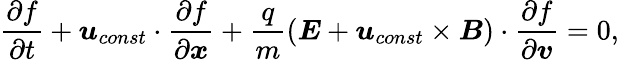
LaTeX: \frac{\partial f}{\partial t}+\boldsymbol{u}_{const}\cdot\frac{\partial f}{\partial\boldsymbol{x}}+\frac{q}{m}(\boldsymbol{E}+\boldsymbol{u}_{const}\times\boldsymbol{B})\cdot\frac{\partial f}{\partial\boldsymbol{v}}=0,